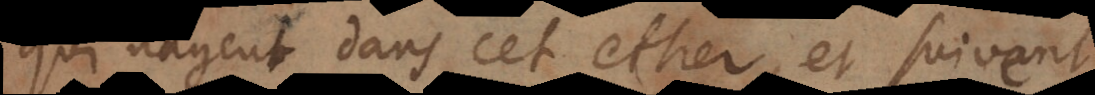
qui nagent dans cet ether, et suivent